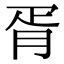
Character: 胥